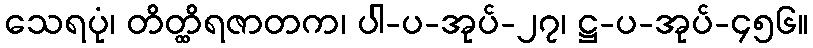
သေရပုံ၊ တိတ္ထိရဇာတက၊ ပါ-ပ-အုပ်-၂၇၊ ဋ္ဌ-ပ-အုပ်-၄၅၆။